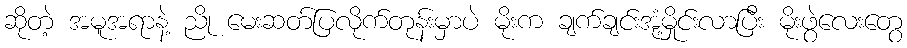
ဆိုတဲ့ အမူအရာနဲ့ ညို မေးဆတ်ပြလိုက်တုန်းမှာပဲ မိုးက ချက်ချင်းအုံ့မှိုင်းလာပြီး မိုးဖွဲလေးတွေ